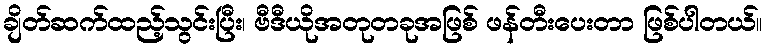
ချိတ်ဆက်ထည့်သွင်းပြီး၊ ဗီဒီယိုအတုတခုအဖြစ် ဖန်တီးပေးတာ ဖြစ်ပါတယ်။